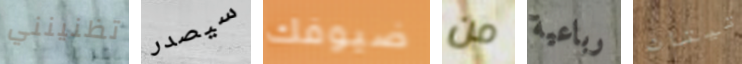
تظنينني سيصدر ضيوفك من رباعية تيتان